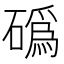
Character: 䃣